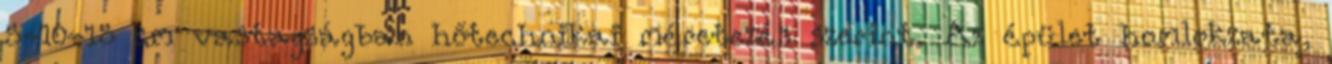
5-10-15 cm vastagságban hőtechnikai méretezés szerint. Az épület homlokzata,